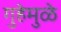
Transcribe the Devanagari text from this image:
गुहेमुळे